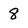
Character: 8